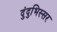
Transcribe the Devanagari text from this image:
दुंदुभिस्सर